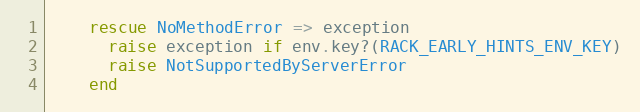
Language: Ruby
    rescue NoMethodError => exception
      raise exception if env.key?(RACK_EARLY_HINTS_ENV_KEY)
      raise NotSupportedByServerError
    end